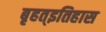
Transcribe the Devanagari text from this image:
बृहत्इतिहास